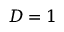
D = 1